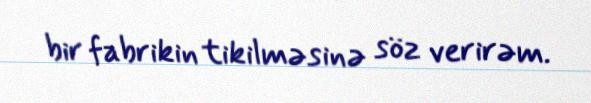
bir fabrikin tikilməsinə söz verirəm.